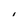
Character: i